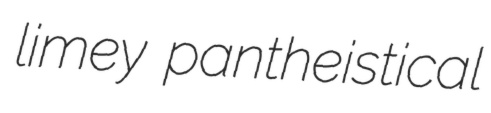
limey pantheistical